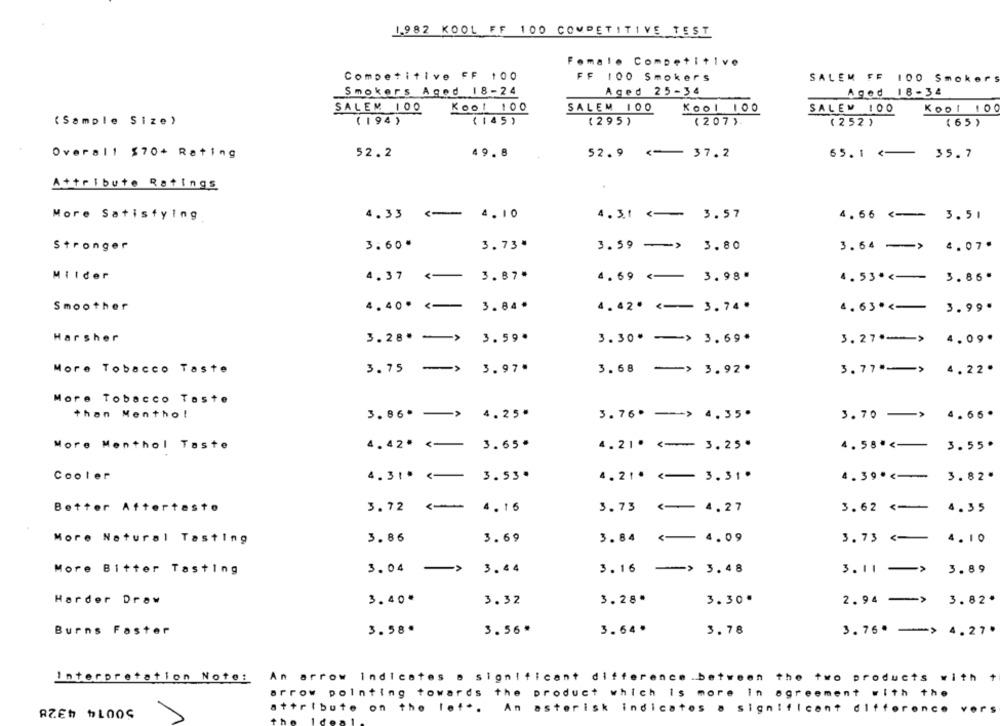
1.982 KOOL FF 100 COMPETITIVE TEST
Female Competitive
Competitive FF 100
FF 100 Smokers
SALEM FF 100 Smokers
Smokers Aged 18-24
Aged 25-34
Aged 18-34
Kool 100
SALEM 100
Kool 100
Kool TO
SALEM 100
SALEN 100
( Sample Size)
(194)
(145)
(295)
(207 ).
(252)
(65)
52.2
49.8
52.9 <- 37.2
Overall $70+ Rating
65. 1 <-
35.7
Attribute Ratings
More Satisfying
4.33<
4.10
4.3.1 <-
3.57
4.66 <--
3.51
Stronger
3.60"
3.73"
3.59 - >
3.80
3.64 -
4.07"
Milder
3.87*
4.37 <-
4.69 <-
3.98"
4.53 *<-
3.86"
4.40* <
Smoother
3.84.
4.42. <--
3.74"
4.63 *<-
3.99.
Harsher
3.28. - >
3.59.
3.30> 3.69*
3. 27 .-- >
4.09.
More Tobacco Taste
3.75 ->
3.97.
3.68 -> 3.92.
3.77 -- >
4.22.
More Tobacco
Tost
than
Mentho!
4.25"
3. 86. - >
3.76. -- > 4.35'
3.70 - > 4.66.
More Menthol Taste
4.42" <-
3.65"
4.21' <
3.25"
4.58" <-
3.55*
Cooler
4.31" <-
3.53.
4.21" <
3.31.
4.39" <-
3.82"
Better Aftertaste
3.72 <-
4.16
3.73 <- 4.27
3.62 <-
4.35
More Natural Tasting
3.86
3.69
3.84
<- 4.09
3.73 <-
4.10
More Bitter Tasting
3.04 ->
3.04
3.16 -> 3.48
3.11 ->
3.89
Harder Draw
3.40
3.32
3.28.
3.30.
2.94 ->
3.82.
Burns Faster
3.58.
3.56*
3.64.
3.78
3.76" -> 4.27.
Interpretation Note:
An arrow Indicates a significant difference .between
the two products with +
arrow pointing towards the product which is more In agreement with the
attribute on the lef *. An asterisk indicates a significant difference vers
RZES $100